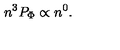
n ^ { 3 } P _ { \mathrm { \Phi } } \propto n ^ { 0 } .